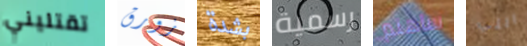
تقتليني زورق بشدة رسمية ساهتم التي